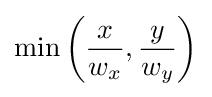
\min \left({x \over w_{x}},{y \over w_{y}}\right)